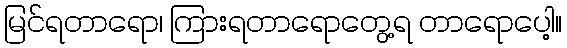
မြင်ရတာရော၊ ကြားရတာရောတွေ့ရ တာရောပေါ့။